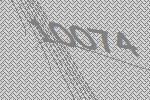
10074